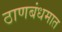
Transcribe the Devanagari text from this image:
ठाणबंधमात